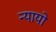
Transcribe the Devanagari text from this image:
न्यायो